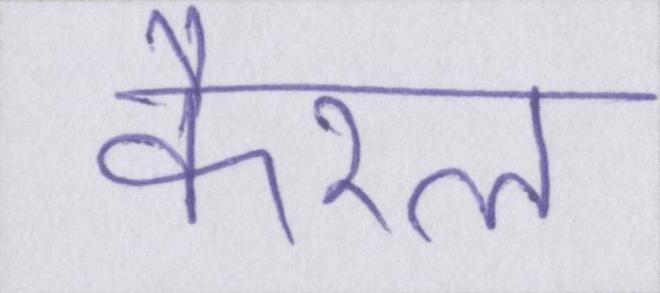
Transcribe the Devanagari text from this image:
कैरल